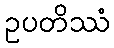
ဥပတိဿံ